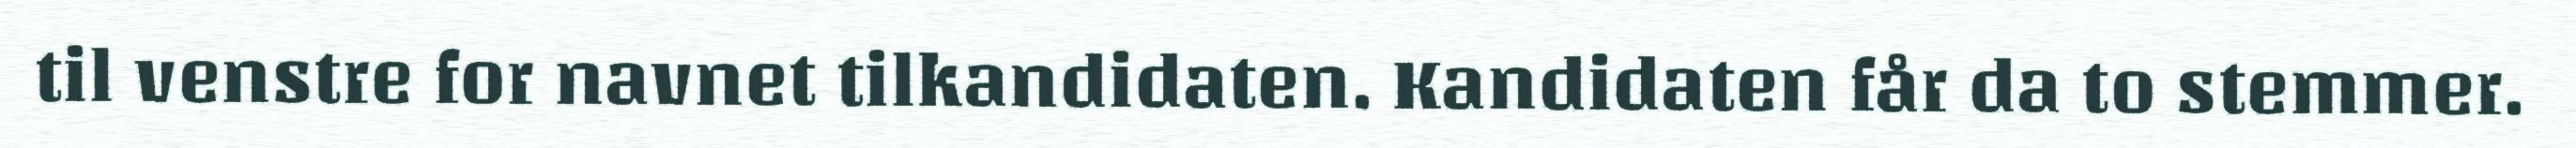
til venstre for navnet tilkandidaten. Kandidaten får da to stemmer.